65_HS1-834228961_62-HQ-83894_Serial_130
Agency: FBI
Page 34
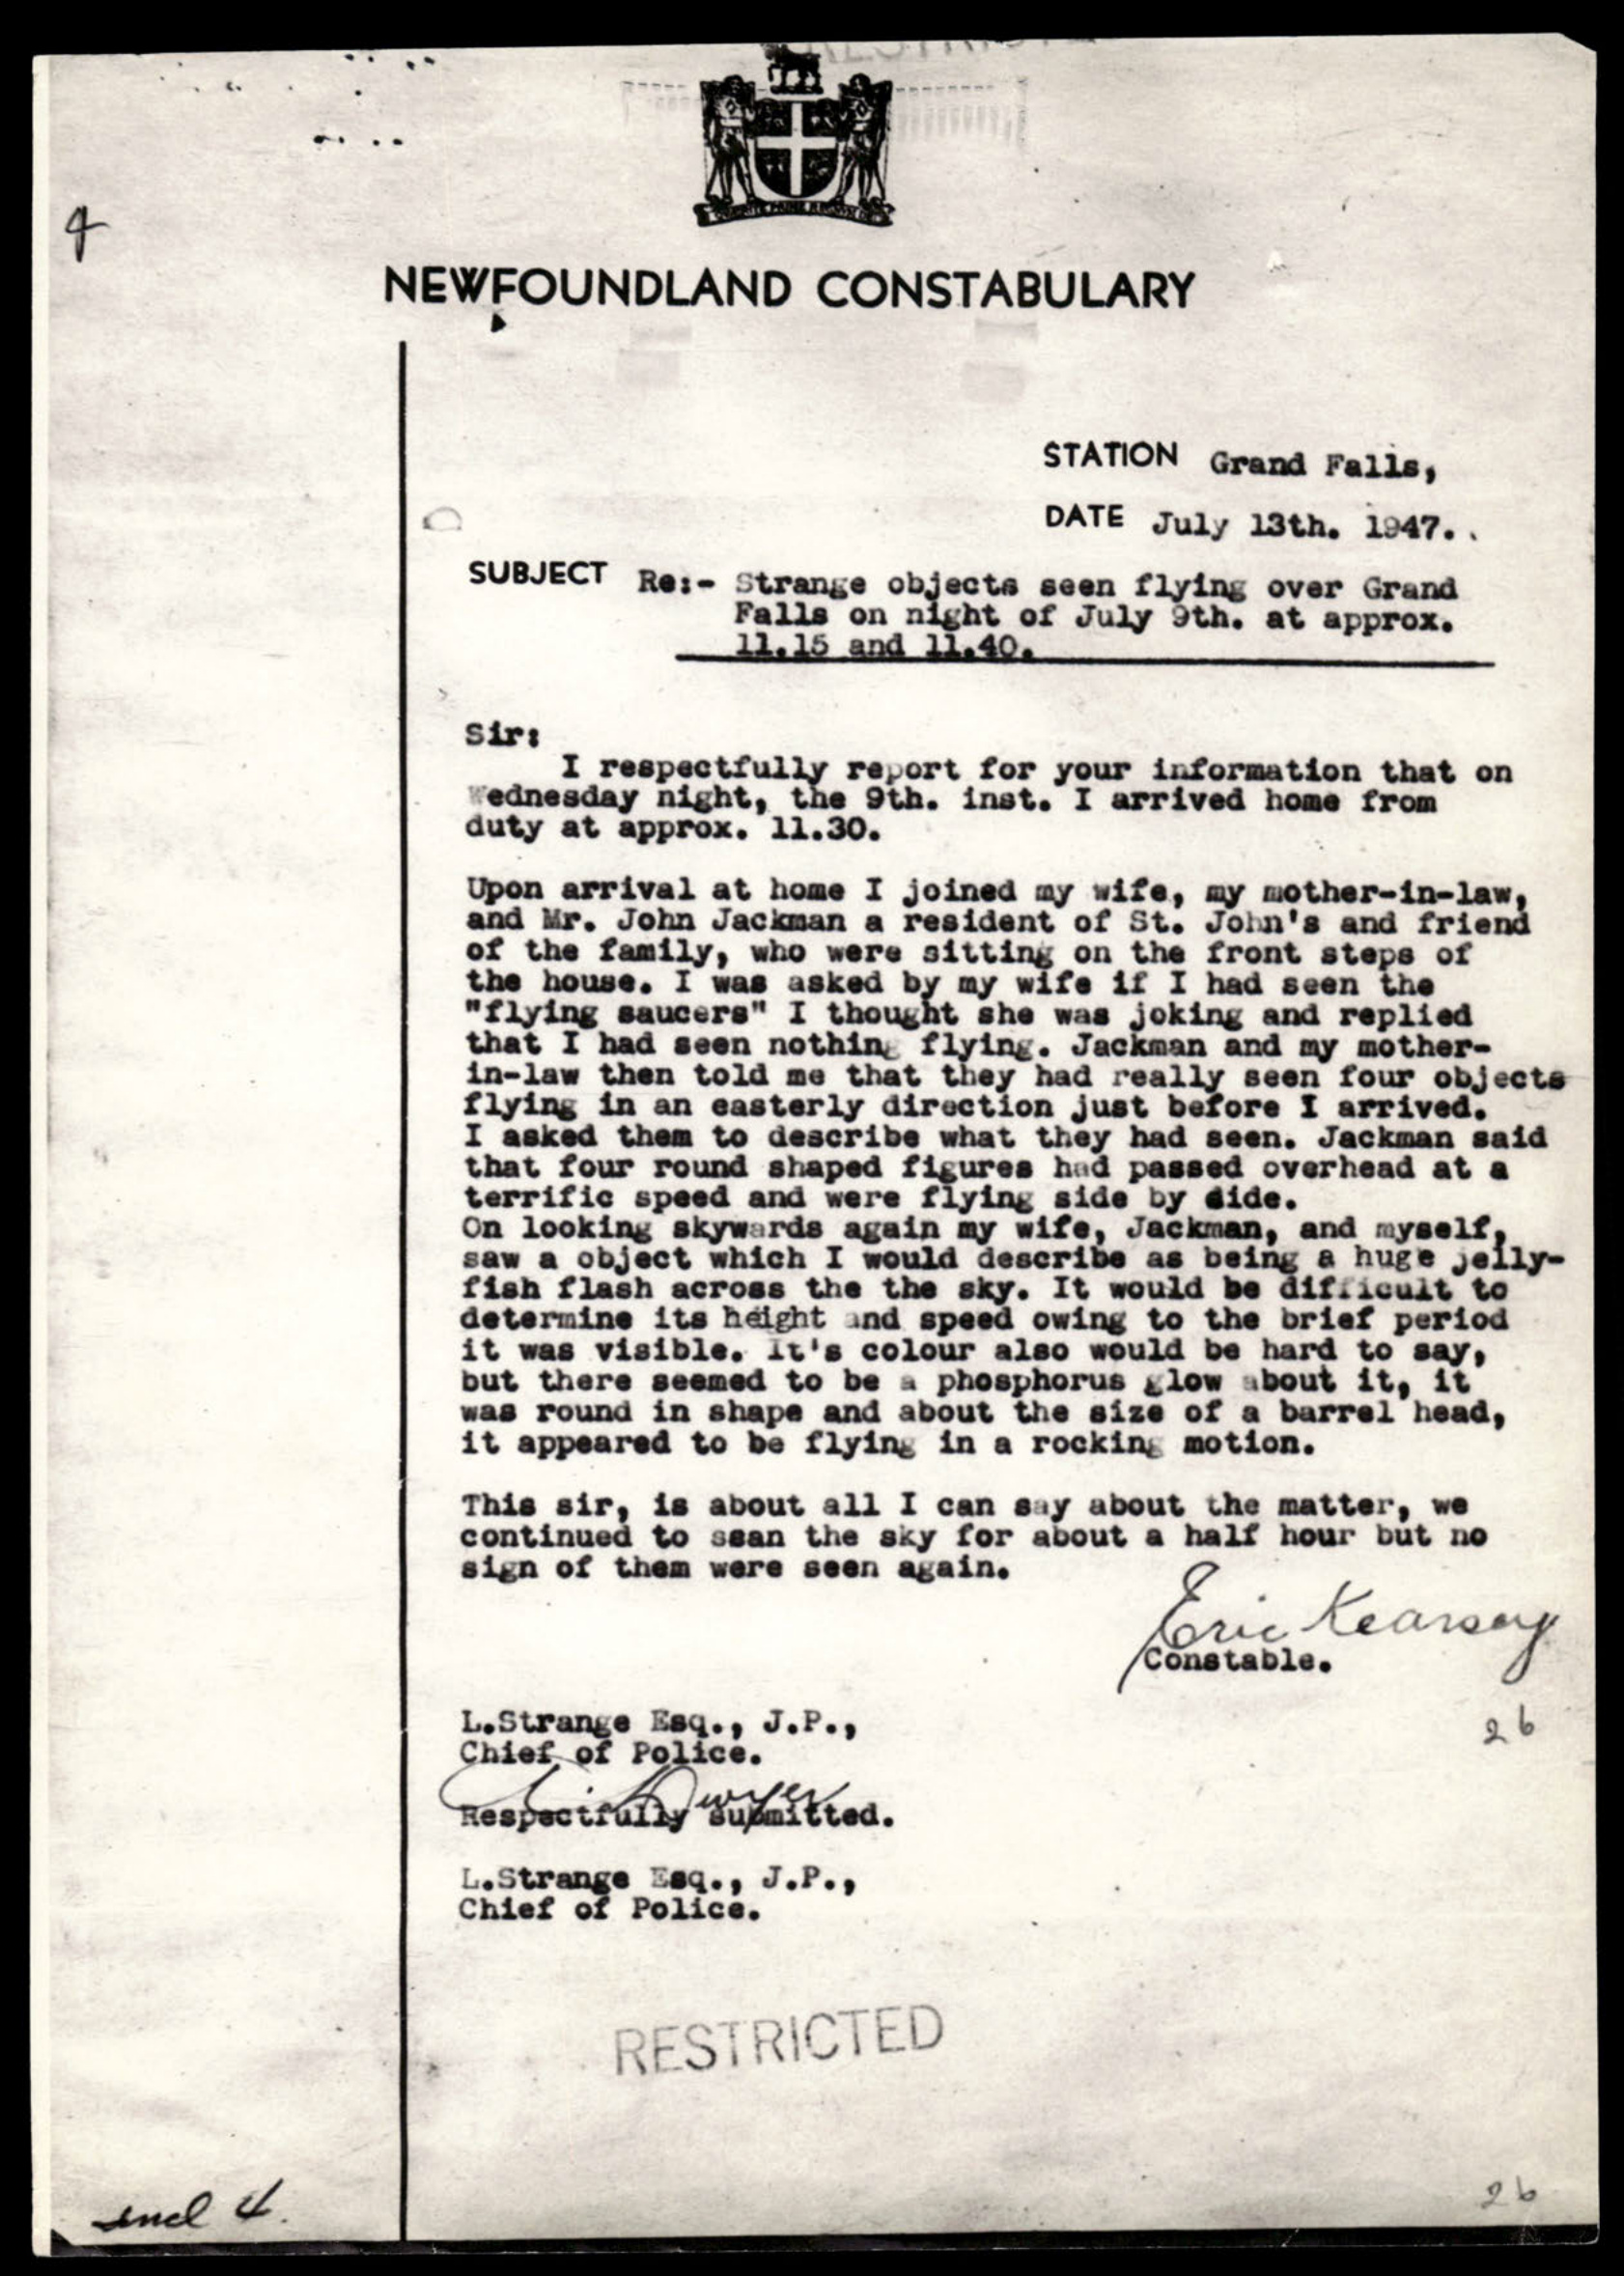